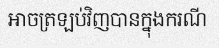
អាចត្រឡប់វិញបានក្នុងករណី